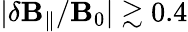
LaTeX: |\delta\mathbf{B}_{\parallel}/\mathbf{B}_{0}|\gtrsim0.4